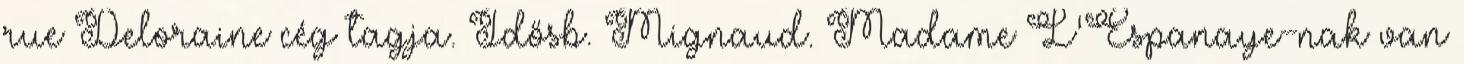
rue Deloraine cég tagja. Idősb. Mignaud. Madame L'Espanaye-nak van